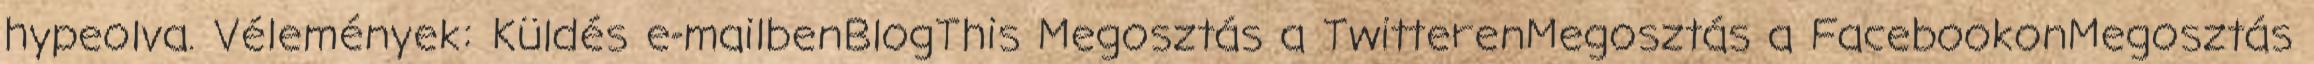
hypeolva. Vélemények: Küldés e-mailbenBlogThis Megosztás a TwitterenMegosztás a FacebookonMegosztás